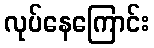
လုပ်နေကြောင်း